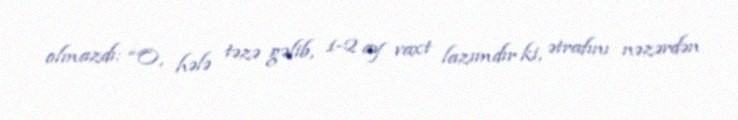
olmazdı: “O, hələ təzə gəlib, 1-2 ay vaxt lazımdır ki, ətrafını nəzərdən